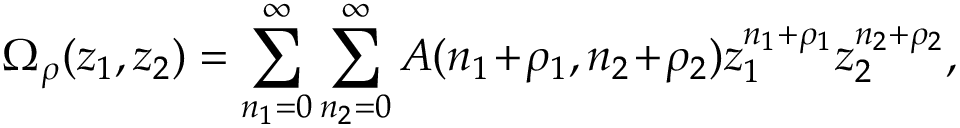
\Omega _ { \rho } ( z _ { 1 } , z _ { 2 } ) = \sum _ { n _ { 1 } = 0 } ^ { \infty } \sum _ { n _ { 2 } = 0 } ^ { \infty } A ( n _ { 1 } \! + \! \rho _ { 1 } , n _ { 2 } \! + \! \rho _ { 2 } ) z _ { 1 } ^ { n _ { 1 } + \rho _ { 1 } } z _ { 2 } ^ { n _ { 2 } + \rho _ { 2 } } ,